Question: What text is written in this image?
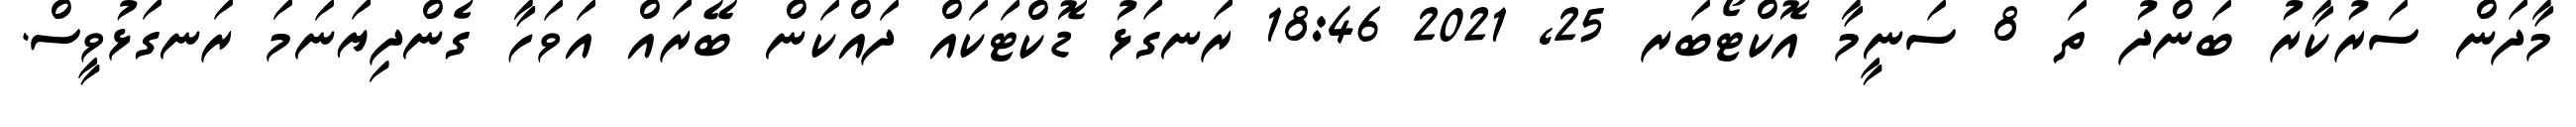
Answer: މާދަން ސަރުކާރު ބަންދު ތަ 8 ސަނީމާ އޮކްޓޯބަރ 25, 2021 18:46 ރަނގަޅު ޑޮކްޓަކައް ދައްކަން ބޭރައް އަވަހާ ގެންދިޔަނަމަ ރަނގަޅުވީސް.